Indian journal of veterinary science and animal husbandry - Volumes 22-23, 1952-1953
Year: 1952
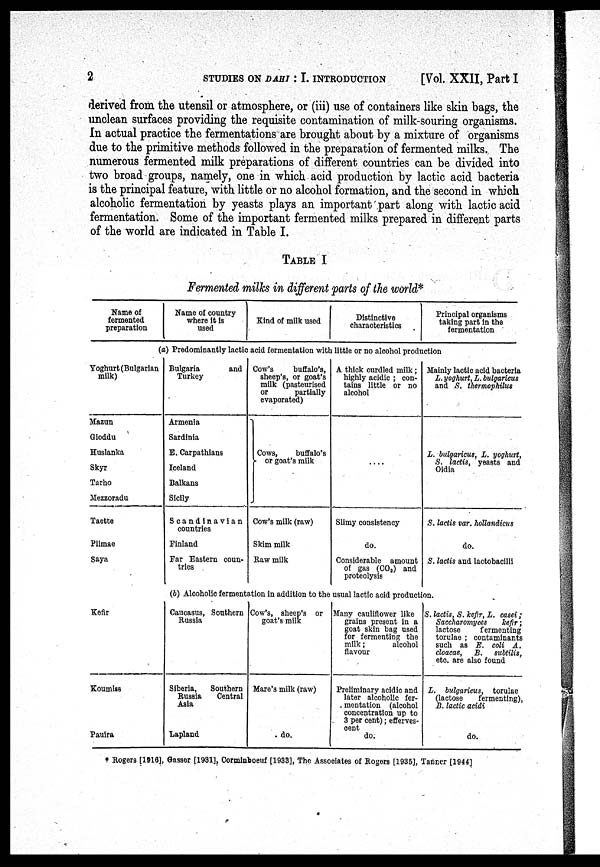
2
STUDIES ON DAHI : I. INTRODUCTION
[Vol. XXII, Part I
derived from the utensil or atmosphere, or (iii) use of containers like skin bags, the
unclean surfaces providing the requisite contamination of milk-souring organisms.
In actual practice the fermentations are brought about by a mixture of organisms
due to the primitive methods followed in the preparation of fermented milks. The
numerous fermented milk preparations of different countries can be divided into
two broad groups, namely, one in which acid production by lactic acid bacteria
is the principal feature, with little or no alcohol formation, and the second in which
alcoholic fermentation by yeasts plays an important part along with lactic acid
fermentation. Some of the important fermented milks prepared in different parts
of the world are indicated in Table I.
TABLE I
Fermented milks in different parts of the world *
Name of
fermented
preparation
Name of country
where it is
used
Kind of milk used
Distinctive
characteristics
Principal organisms
taking part in the
fermentation
(a) Predominantly lactic acid fermentation with little or no alcohol production
Yoghurt (Bulgarian
milk)
Mazun
Gioddu
Huslanka
Skyr
Tarho
Mezzoradu
Taette
Piimae
Saya
Kefir
Koumiss
Pauira
Bulgaria
and
Turkey
Armenia
Sardinia
E. Carpathians
Iceland
Balkans
Sicily
Scandinavian
countries
Finland
Far Eastern coun-
tries
Cow's
buffalo's,
sheep's, or goat's
milk (pasteurised
or
partially
evaporated)
Cows,
buffalo's
or goat's milk
Cow's milk (raw)
Skim milk
Raw milk
A thick curdled milk;
highly acidic ; con-
tains little or no
alcohol
....
Slimy consistency
do.
Considerable amount
of gas (CO 2 ) and
proteolysis
Mainly lactic acid bacteria
L. yoghurt, L. bulgaricus
and S. thermophilus
L. bulgaricus, L. yoghurt,
S. lactis, yeasts and
Oidia
S. lactis var. hollandicus
do.
S. lactis and lactobacilli
(b) Alcoholic fermentation in addition to the usual lactic acid production.
Caucasus, Southern
Russia
Siberia,
Southern
Russia
Central
Asia
Lapland
Cow's, sheep's or
goat's milk
Mare's milk (raw)
do.
Many cauliflower like
grains present in a
goat skin bag used
for fermenting the
milk;
alcohol
flavour
Preliminary acidic and
later alcoholic fer-
mentation (alcohol
concentration up to
3 per cent); efferves-
cent do.
S. lactis, S. kefir, L, casei;
Saccharomyces
kefir;
lactose
fermenting
torulae ; contaminants
such as E. coli A.
cloacae, B.
subtilis,
etc. are also found
L. bulgaricus, torulae
(lactose
fermenting),
B. lactic acidi
do.
* Rogers [1916], Gasser [1931], Corminboeuf [1933], The Associates of Rogers [1935], Tanner [1944]